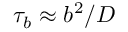
\tau _ { b } \approx b ^ { 2 } / D